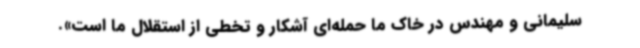
سلیمانی و مهندس در خاک ما حمله‌ای آشکار و تخطی از استقلال ما است».